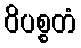
ဝိပစ္စတံ